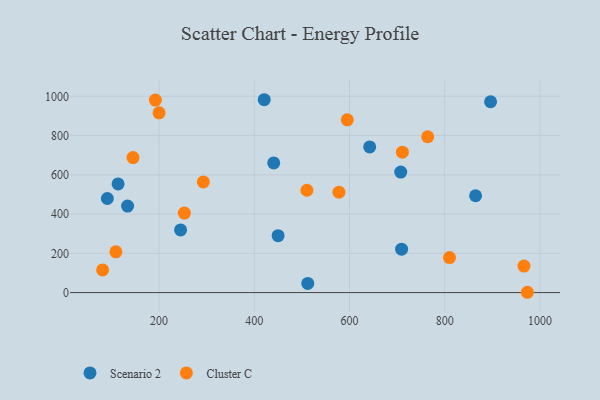
{"axis": {"x": "Ad Spend", "y": "Yield"}, "legend": ["Cluster C", "Scenario 2"], "data": [{"x": "440.8", "y": 660.4, "type": "Scenario 2"}, {"x": "896.4", "y": 972.3, "type": "Scenario 2"}, {"x": "707.6", "y": 614.2, "type": "Scenario 2"}, {"x": "450.0", "y": 289.9, "type": "Scenario 2"}, {"x": "113.8", "y": 553.7, "type": "Scenario 2"}, {"x": "642.4", "y": 741.9, "type": "Scenario 2"}, {"x": "245.1", "y": 319.5, "type": "Scenario 2"}, {"x": "133.7", "y": 441.0, "type": "Scenario 2"}, {"x": "512.3", "y": 46.9, "type": "Scenario 2"}, {"x": "864.9", "y": 493.3, "type": "Scenario 2"}, {"x": "91.2", "y": 479.3, "type": "Scenario 2"}, {"x": "420.8", "y": 982.6, "type": "Scenario 2"}, {"x": "709.4", "y": 221.1, "type": "Scenario 2"}, {"x": "253.0", "y": 405.0, "type": "Cluster C"}, {"x": "595.3", "y": 880.2, "type": "Cluster C"}, {"x": "810.1", "y": 178.2, "type": "Cluster C"}, {"x": "81.3", "y": 115.7, "type": "Cluster C"}, {"x": "199.9", "y": 915.7, "type": "Cluster C"}, {"x": "764.2", "y": 793.9, "type": "Cluster C"}, {"x": "973.7", "y": 1.6, "type": "Cluster C"}, {"x": "292.9", "y": 563.6, "type": "Cluster C"}, {"x": "192.1", "y": 980.8, "type": "Cluster C"}, {"x": "145.1", "y": 687.7, "type": "Cluster C"}, {"x": "109.2", "y": 207.7, "type": "Cluster C"}, {"x": "966.5", "y": 135.3, "type": "Cluster C"}, {"x": "711.1", "y": 715.3, "type": "Cluster C"}, {"x": "510.5", "y": 521.5, "type": "Cluster C"}, {"x": "577.8", "y": 511.7, "type": "Cluster C"}]}